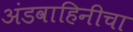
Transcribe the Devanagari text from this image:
अंडवाहिनीचा